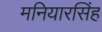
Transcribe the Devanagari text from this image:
मनियारसिंह